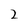
Character: 2